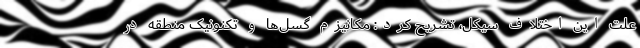
علت این اختلاف سیکل، تشریح کرد: مکانیزم گسل‌ها و تکنونیک منطقه در